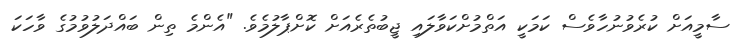
ސާމީއަށް ކުރެވުނުހާވެސް ކަމަކީ އަތްމުށްކަވާލައި ޖީބުތެރެއަށް ކޮށްޕާލުމެވެ. "އެންމެ ތިން ބައްދަލުވުމުގެ ވާހަކަ